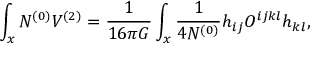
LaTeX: \int _ { x } N ^ { ( 0 ) } V ^ { ( 2 ) } = { \frac { 1 } { 1 6 \pi G } } \int _ { x } { \frac { 1 } { 4 N ^ { ( 0 ) } } } h _ { i j } O ^ { i j k l } h _ { k l } ,